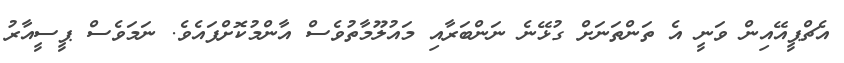
އެޗްޕީއޭއިން ވަނީ އެ ތަންތަނަށް ގުޅޭނެ ނަންބަރާއި މައުލޫމާތުވެސް އާންމުކޮށްފައެވެ. ނަމަވެސް ޕީސީއާރު